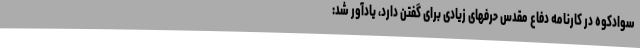
سوادکوه در کارنامه دفاع مقدس حرفهای زیادی برای گفتن دارد، یادآور شد: